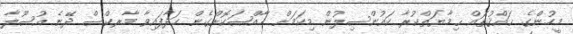
މީހުންގެ ޙައްޤުތައް ޙިމާޔަތްކުރާ ކައުންސިލުން މިކަމަށް ޚާއްޞަކޮށްގެން ހަދާފައިވާ މާރކްސް ދޭނެ އުސޫލާ